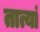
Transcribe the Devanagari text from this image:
तात्यां